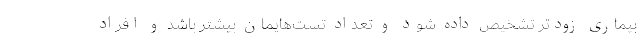
بیماری زودتر تشخیص داده شود و تعداد تست‌هایمان بیشتر باشد و افراد